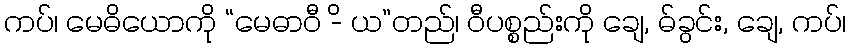
ကပ်၊ မေဓိယောကို “မေဓာဝီ -ိ ယ”တည်၊ ဝီပစ္စည်းကို ချေ, ဓ်ခွင်း, ချေ, ကပ်၊